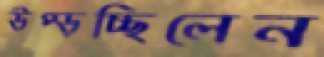
উপ্‌ড়চ্ছিলেন